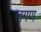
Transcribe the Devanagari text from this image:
तगण